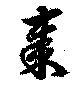
秦